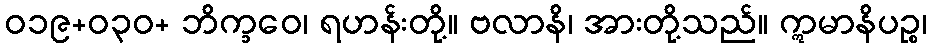
ဝ၁၉+၀၃ဝ+ ဘိက္ခဝေ၊ ရဟန်းတို့။ ဗလာနိ၊ အားတို့သည်။ ဣမာနိပဉ္စ၊